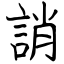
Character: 誚